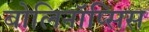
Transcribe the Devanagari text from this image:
बोलिनॉप्सिस